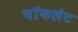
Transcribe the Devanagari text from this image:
चाॅकलेट